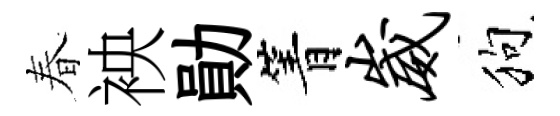
春䘧勛箐崴狗